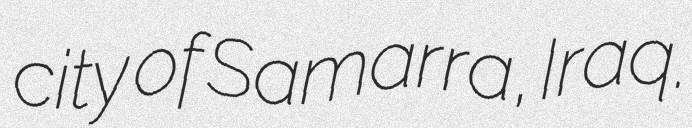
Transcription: city of Samarra, Iraq.